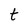
Character: t